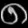
Digit: ၈